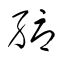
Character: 縟